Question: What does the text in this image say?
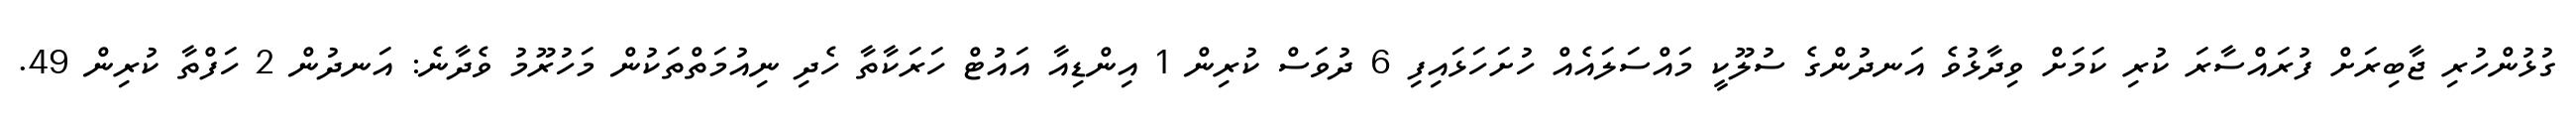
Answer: ގުޅުންހުރި ޖާބިރަށް ފުރައްސާރަ ކުރި ކަމަށް ވިދާޅުވެ އަނދުންގެ ސުލޫކީ މައްސަލައެއް ހުށަހަޅައިފި 6 ދުވަސް ކުރިން 1 އިންޑިއާ އައުޓް ހަރަކާތާ ހެދި ނިއުމަތްތަކުން މަހުރޫމު ވެދާނެ: އަނދުން 2 ހަފްތާ ކުރިން 49.